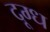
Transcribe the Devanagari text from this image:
दूग्ध